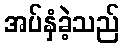
အပ်နှံခဲ့သည်